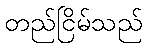
တည်ငြိမ်သည်